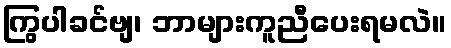
ကြွပါခင်ဗျ၊ ဘာများကူညီပေးရမလဲ။